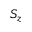
S _ { z }